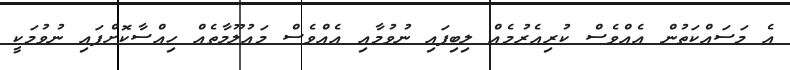
އެ މަސައްކަތުން އެއްވެސް ކުރިއެރުމެއް ލިބިފައި ނުވުމާއި އެއްވެސް މައުލޫމާތެއް ހިއްސާކޮށްފައި ނުވުމަކީ